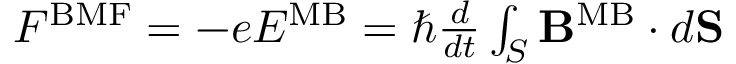
\begin{array} { r } { { \cal F } ^ { \mathrm { B M F } } = - e { \cal E } ^ { \mathrm { M B } } = \hbar { \frac { d } { d t } } \int _ { S } { \bf B } ^ { \mathrm { M B } } \cdot d { \bf S } } \end{array}